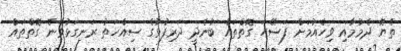
ތެޔޮ ދެމުމާއި ވިހެއުމަށް ފަސޭހަ ގޮތްތައް ބުނެދީ ދަރިފުޅުގެ ސިއްހަތު ރަނގަޅުވާނެ ގޮތްތައް